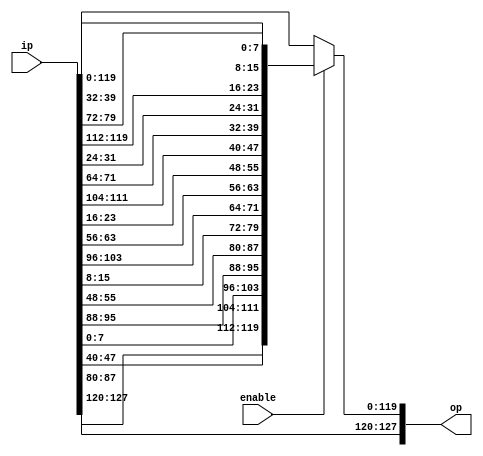
module shiftRows_top(
input [127:0] ip,
input enable,
output [127:0] op
);
////enter your code here
////enter your code here

wire [127:0]op_temp;
    
assign op_temp[127:120] = ip[127:120]; // First row of bits not shifted
assign op_temp[119:112] = ip[ 87: 80]; // Second row of bits shifted by 1
assign op_temp[111:104] = ip[ 47: 40]; // Third row of bits shifted by 2
assign op_temp[103: 96] = ip[  7:  0]; // Fourth row of bits shifted by 3
    
assign op_temp[ 95: 88] = ip[ 95: 88];
assign op_temp[ 87: 80] = ip[ 55: 48];
assign op_temp[ 79: 72] = ip[ 15:  8];
assign op_temp[ 71: 64] = ip[103: 96];
    
assign op_temp[ 63: 56] = ip[ 63: 56];
assign op_temp[ 55: 48] = ip[ 23: 16];
assign op_temp[ 47: 40] = ip[111:104];
assign op_temp[ 39: 32] = ip[ 71: 64];
    
assign op_temp[ 31: 24] = ip[ 31: 24];
assign op_temp[ 23: 16] = ip[119:112];
assign op_temp[ 15:  8] = ip[ 79: 72];
assign op_temp[  7:  0] = ip[ 39: 32];    

assign op = enable ? op_temp : ip;
endmodule